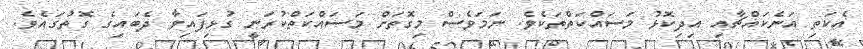
އެކަތި އަނެކައްޗާއި އިދިކޮޅު މަސައްކަތްތަކެވެ. ނަމަވެސް މިގޮތަށް މަސައްކަތްކުރަނީ ގުޅިފައިވާ ދެބައިގެ ގޮތުގައެވެ.